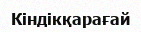
Кіндікқарағай